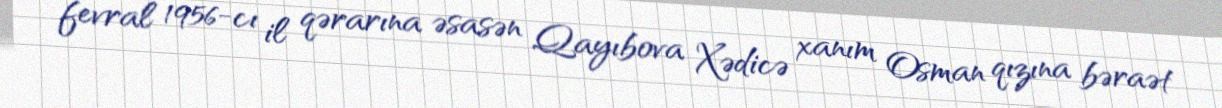
fevral 1956-cı il qərarına əsasən Qayıbova Xədicə xanım Osman qızına bəraət